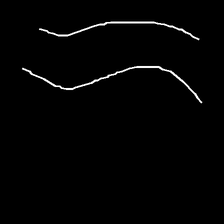
Glyph: float